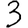
Digit: 3